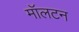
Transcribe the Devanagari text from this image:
मॉलटन